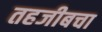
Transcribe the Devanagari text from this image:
तहजीबचा